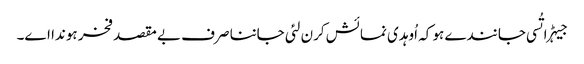
جیہڑا تُسی جانندے ہو کہ اُوہدی نمائش کرن لئی جاننا صرف بے مقصد فخر ہوندا اے۔